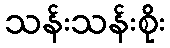
သန်းသန်းစိုး